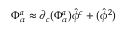
\Phi _ { \alpha } ^ { a } \approx \partial _ { c } ( \Phi _ { \alpha } ^ { a } ) \hat { \phi } ^ { c } + \O ( \hat { \phi } ^ { 2 } )